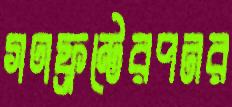
গণফ্রন্টেরপনর